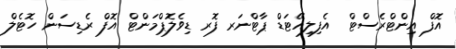
އޮފް އިންޓްރެސްޓް  އެފިލިއޭޓަޑް ޕާޓްނަރ ފޮރ ޑިވެލޮޕްމަންޓް އޮފް ރެޑިސަން ހޮޓެލް